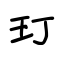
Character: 玎